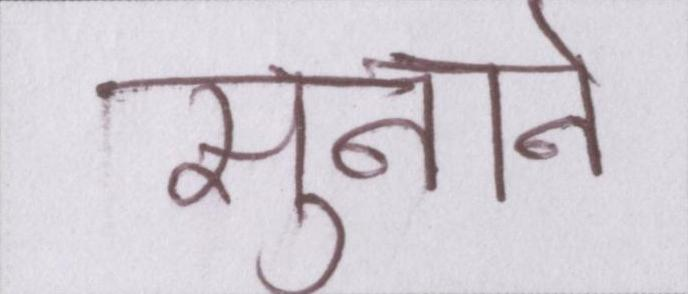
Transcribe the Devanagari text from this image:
सुनाने